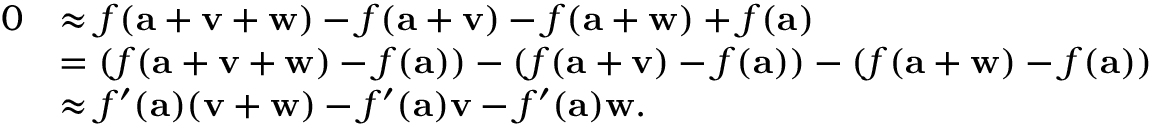
{ \begin{array} { r l } { 0 } & { \approx f ( \mathbf { a } + \mathbf { v } + \mathbf { w } ) - f ( \mathbf { a } + \mathbf { v } ) - f ( \mathbf { a } + \mathbf { w } ) + f ( \mathbf { a } ) } \\ & { = ( f ( \mathbf { a } + \mathbf { v } + \mathbf { w } ) - f ( \mathbf { a } ) ) - ( f ( \mathbf { a } + \mathbf { v } ) - f ( \mathbf { a } ) ) - ( f ( \mathbf { a } + \mathbf { w } ) - f ( \mathbf { a } ) ) } \\ & { \approx f ^ { \prime } ( \mathbf { a } ) ( \mathbf { v } + \mathbf { w } ) - f ^ { \prime } ( \mathbf { a } ) \mathbf { v } - f ^ { \prime } ( \mathbf { a } ) \mathbf { w } . } \end{array} }